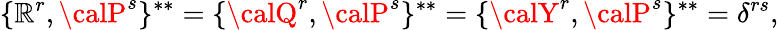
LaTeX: \{ {\cal\mathbb{R}}^{r},{\calP}^{s}\} ^{**}=\{ {\calQ}^{r},{\calP}^{s}\} ^{**}=\{ {\calY}^{r},{\calP}^{s}\} ^{**}=\delta^{rs},